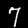
Label: 7